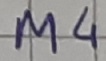
Text: M4